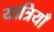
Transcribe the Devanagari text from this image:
यात्रियाँ